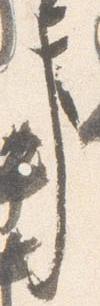
事